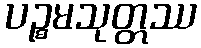
ပဉ္စမသုတ္တဿ